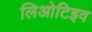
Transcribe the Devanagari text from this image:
लिओटिइव